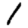
Digit: 1